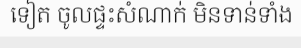
ទៀត ចូលផ្ទះសំណាក់ មិនទាន់ទាំង